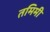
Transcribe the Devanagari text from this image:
तमिमी